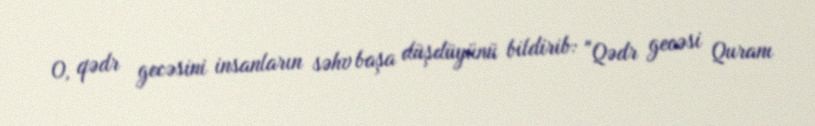
O, qədr gecəsini insanların səhv başa düşdüyünü bildirib: "Qədr gecəsi Quranı